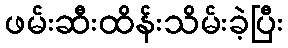
ဖမ်းဆီးထိန်းသိမ်းခဲ့ပြီး